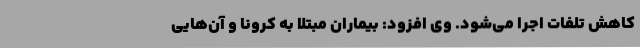
کاهش تلفات اجرا می‌شود. وی افزود: بیماران مبتلا به کرونا و آن‌هایی